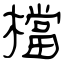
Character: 檔